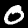
Digit: 0